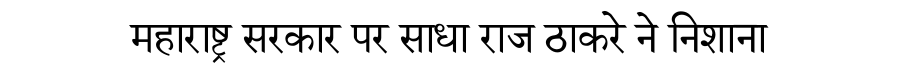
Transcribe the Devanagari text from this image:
महाराष्ट्र सरकार पर साधा राज ठाकरे ने निशाना